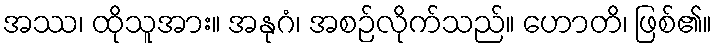
အဿ၊ ထိုသူအား။ အနုဂံ၊ အစဉ်လိုက်သည်။ ဟောတိ၊ ဖြစ်၏။